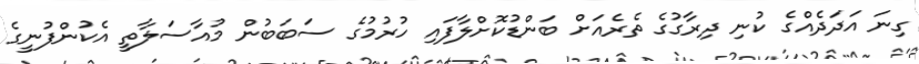
ގިނަ އަދަދެއްގެ ކުނި ދިރާގުގެ ތެރެއަށް ބަންޑުކޮށްލާފައި ހުރުމުގެ ސަބަބުން މުއާސަލާތީ އެކުންފުނީގެ